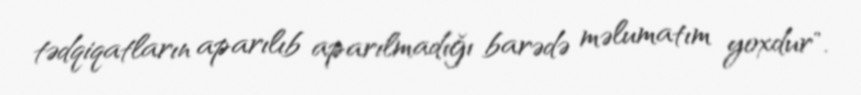
tədqiqatların aparılıb aparılmadığı barədə məlumatım yoxdur".